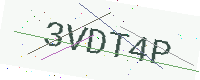
Text: 3VDT4P